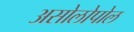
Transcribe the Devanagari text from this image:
असोलोपोल